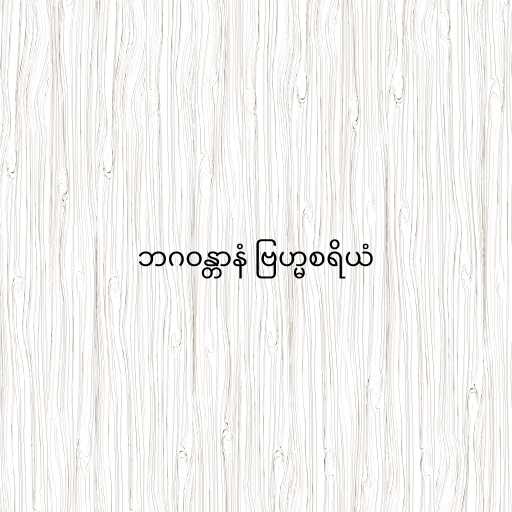
ဘဂဝန္တာနံ ဗြဟ္မစရိယံ